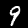
Label: 9